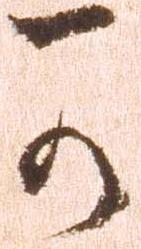
可